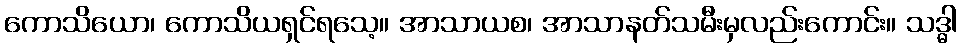
ကောသိယော၊ ကောသိယရှင်ရသေ့။ အာသာယစ၊ အာသာနတ်သမီးမှလည်းကောင်း။ သဒ္ဓါ